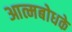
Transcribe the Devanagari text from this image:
आत्मबोधके